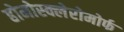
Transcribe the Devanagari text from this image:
होमोस्क्लेरोमोर्फ